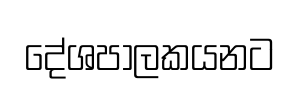
දේශපාලකයනට